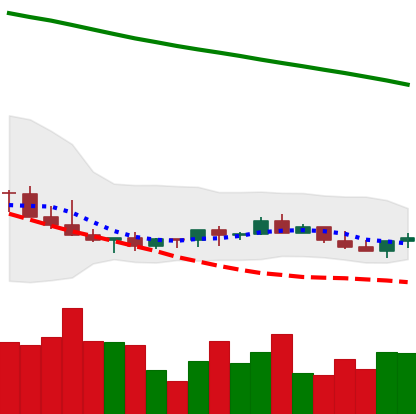
Ticker: LINK-USD
Chart end date: 2022-07-14
Forward return: 15.76%
Label: up_7plus